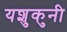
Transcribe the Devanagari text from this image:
यशुकुनी